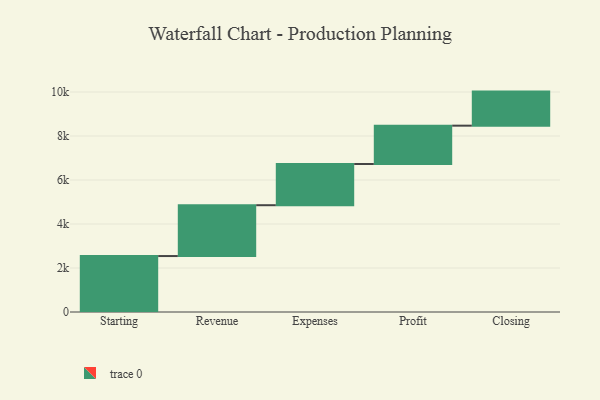
{"axis": {"x": "Step", "y": "Value"}, "legend": [""], "data": [{"x": "Starting", "y": 2543.0, "type": ""}, {"x": "Revenue", "y": 2311.0, "type": ""}, {"x": "Expenses", "y": 1873.0, "type": ""}, {"x": "Profit", "y": 1743.0, "type": ""}, {"x": "Closing", "y": 1548.0, "type": ""}]}